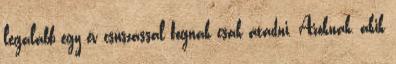
legalább egy év csúszással fognak csak átadni. Azoknak, akik